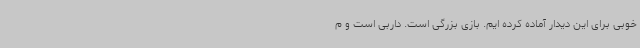
خوبی برای این دیدار آماده کرده ایم. بازی بزرگی است. داربی است و م